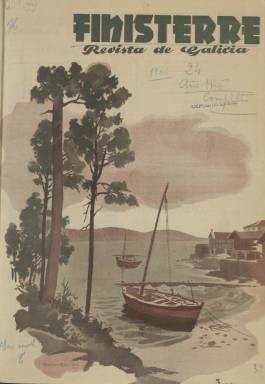
Título: Finisterre (Madrid. 1943)
Colección: Revistas de información general
Ámbito geográfico: Madrid
Lugar de publicación: Madrid
Fechas: 01/01/1946-31/07/1946

Publicación mensual que con el subtítulo Revista de Galicia se fundó en Madrid en los años de la posguerra y es una de los medios gallegos de mayor relevancia de la época, dada la nómina de excelentes escritores con los que contó como colaboradores.

    Su director y fundador fue Emilio Canda, periodista y escritor que llegó a ganar el Premio Nacional de Teatro en 1965. En la revista podemos encontrar colaboraciones del  galleguista Vicente Risco, del patriarca de las letras gallegas Ramón Otero Pedrayo, que firmaba por entonces con el pseudónimo de Santiago Amaral, del escritor y político Celso Emilio Ferreiro, del musicólogo Antonio Fernández-Cid y de los escritores Carmen Laforet y Camilo José Cela, entre otros.

    Dedicada a dar a conocer Galicia en toda su amplitud, en la revista, ampliamente ilustrada, se pueden encontrar artículos y reportajes de todos los campos de la cultura excepto claro está del ámbito político. La figura del apóstol Santiago y su significación es profusamente difundida como corresponde a una publicación con el ideario nacional católico de la época.

    La revista tuvo dos etapas. La primera va del 1 de septiembre de 1943 hasta octubre de 1946, y la segunda comenzó en enero de 1948.

   Uno de los aspectos destacados de esta publicación es su relación con Camilo José Cela, quien fue director de la revista durante unos meses de 1947, cuando se preparaba la salida de la segunda época. El escritor era ya conocido desde la publicación de su novela La familia de Pascual Duarte en 1942.

   En el libro Camilo José Cela: Perfiles de un escritor, de Adolfo Sotelo Vázquez, puede seguirse la tormentosa relación del Premio Nobel con esta publicación. El fundador Emilio Canda había vendido la revista al empresario Lucas María de Oriol y Urquijo  y le había sugerido el nombre de Cela como director. Este comenzó a ejercer sus funciones pero en diciembre de 1947 fue rebajado al cargo de subdirector, lo que provocó su dimisión por una “absoluta incompatibilidad” con el director,  Leopoldo Eulogio Palacios. En su carta de renuncia como subdirector a Oriol y Urquijo, Cela se expresaba tajante: “Ciertamente, no sólo de pan vive el hombre”.

   En carta a un amigo unos meses más tarde, el escritor se muestra más explícito respecto a las causas de su dimisión. “De Finisterre me habían echado ya –mejor dicho, para ser más claros, me habían puesto en el disparadero para que me marchase- invocando poco más o menos que no era un joven de costumbres piadosas. Los católicos, esa plaga que se está ensañando con el triste cuerpo de nuestra pobre y ¡ay querida España!, iniciaron una elegante ofensiva contra mí capitaneados por el director de Finisterre”.

   Con todo, al comenzar en enero de 1948 la segunda época de la revista se publicaron en el primer número los primeros 26 capítulos de la obra de Cela Mrs. Caldwell habla con su hijo, novela que se publicaría en 1953.

[Descripción publicada el 22/05/2019]